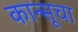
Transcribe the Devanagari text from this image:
कान्सूचा